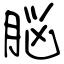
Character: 脳